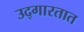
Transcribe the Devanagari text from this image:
उद्‌गारतात